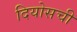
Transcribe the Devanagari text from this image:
दियोसची